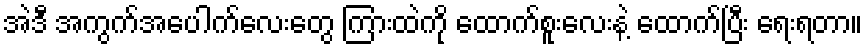
အဲဒီ အကွက်အပေါက်လေးတွေ ကြားထဲကို ထောက်စူးလေးနဲ့ ထောက်ပြီး ရေးရတာ။